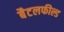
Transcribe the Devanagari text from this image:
बैटलफील्ड